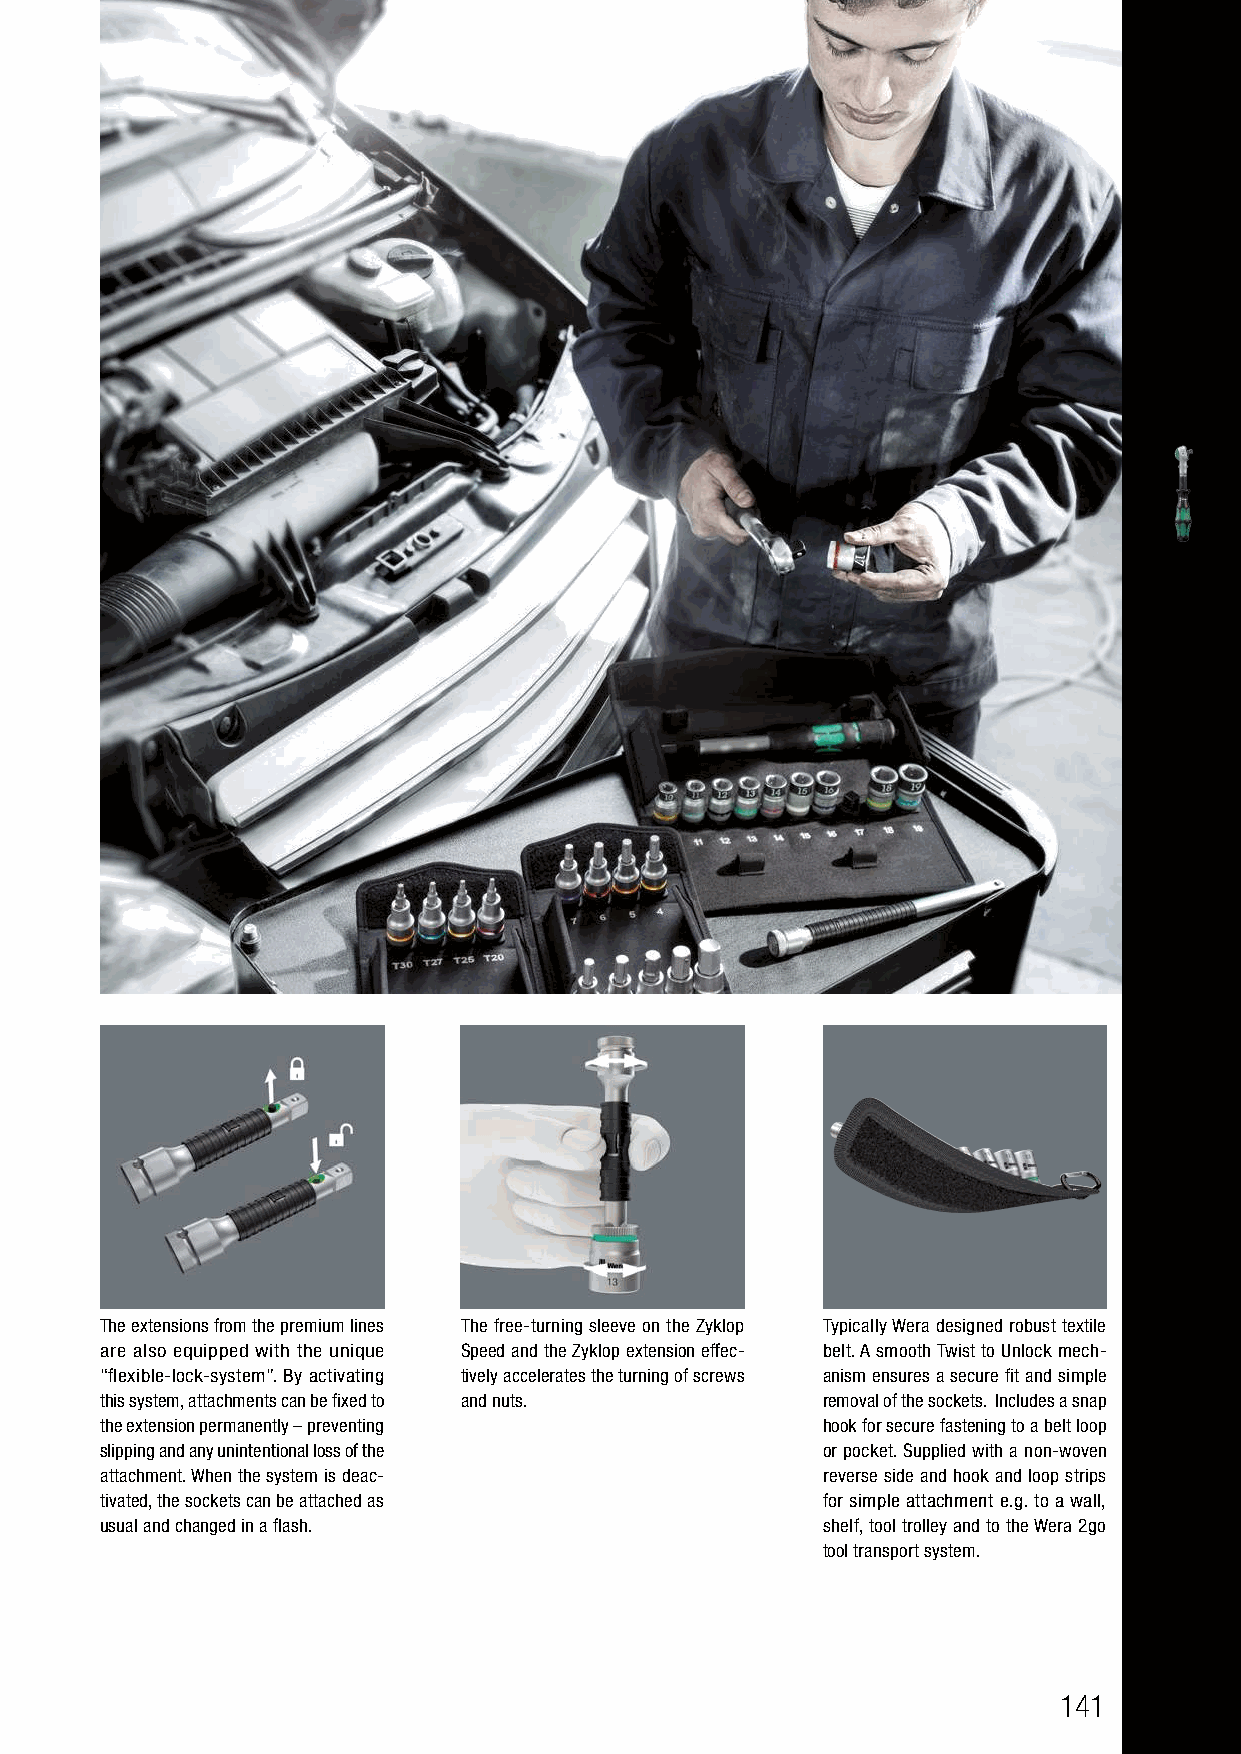
The extensions from the premium lines The free-turning sleeve on the Zyklop Typically Wera designed robust textile
 are also equipped with the unique Speed and the Zyklop extension effec- belt. A smooth Twist to Unlock mech-
 “flexible-lock-system”. By activating tively accelerates the turning of screws anism ensures a secure fit and simple
 this system, attachments can be fixed to and nuts. removal of the sockets. Includes a snap
 the extension permanently – preventing         hook for secure fastening to a belt loop
 slipping and any unintentional loss of the     or pocket. Supplied with a non-woven
 attachment. When the system is deac-           reverse side and hook and loop strips
 tivated, the sockets can be attached as        for simple attachment e.g. to a wall,
 usual and changed in a flash.                  shelf, tool trolley and to the Wera 2go
 tool transport system.
 141